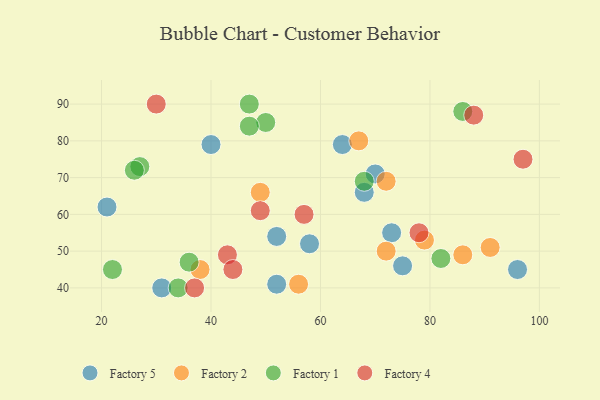
{"axis": {"x": "GDP", "y": "Life Expectancy"}, "legend": ["Factory 1", "Factory 2", "Factory 4", "Factory 5"], "data": [{"x": "68", "y": 66, "type": "Factory 5"}, {"x": "21", "y": 62, "type": "Factory 5"}, {"x": "75", "y": 46, "type": "Factory 5"}, {"x": "40", "y": 79, "type": "Factory 5"}, {"x": "52", "y": 41, "type": "Factory 5"}, {"x": "58", "y": 52, "type": "Factory 5"}, {"x": "31", "y": 40, "type": "Factory 5"}, {"x": "96", "y": 45, "type": "Factory 5"}, {"x": "52", "y": 54, "type": "Factory 5"}, {"x": "64", "y": 79, "type": "Factory 5"}, {"x": "70", "y": 71, "type": "Factory 5"}, {"x": "73", "y": 55, "type": "Factory 5"}, {"x": "86", "y": 49, "type": "Factory 2"}, {"x": "72", "y": 50, "type": "Factory 2"}, {"x": "72", "y": 69, "type": "Factory 2"}, {"x": "49", "y": 66, "type": "Factory 2"}, {"x": "79", "y": 53, "type": "Factory 2"}, {"x": "91", "y": 51, "type": "Factory 2"}, {"x": "38", "y": 45, "type": "Factory 2"}, {"x": "56", "y": 41, "type": "Factory 2"}, {"x": "67", "y": 80, "type": "Factory 2"}, {"x": "27", "y": 73, "type": "Factory 1"}, {"x": "36", "y": 47, "type": "Factory 1"}, {"x": "47", "y": 90, "type": "Factory 1"}, {"x": "22", "y": 45, "type": "Factory 1"}, {"x": "50", "y": 85, "type": "Factory 1"}, {"x": "68", "y": 69, "type": "Factory 1"}, {"x": "86", "y": 88, "type": "Factory 1"}, {"x": "26", "y": 72, "type": "Factory 1"}, {"x": "47", "y": 84, "type": "Factory 1"}, {"x": "34", "y": 40, "type": "Factory 1"}, {"x": "82", "y": 48, "type": "Factory 1"}, {"x": "43", "y": 49, "type": "Factory 4"}, {"x": "30", "y": 90, "type": "Factory 4"}, {"x": "88", "y": 87, "type": "Factory 4"}, {"x": "37", "y": 40, "type": "Factory 4"}, {"x": "44", "y": 45, "type": "Factory 4"}, {"x": "49", "y": 61, "type": "Factory 4"}, {"x": "57", "y": 60, "type": "Factory 4"}, {"x": "78", "y": 55, "type": "Factory 4"}, {"x": "97", "y": 75, "type": "Factory 4"}]}